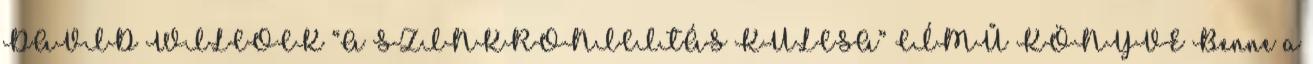
DAVID WILCOCK “A SZINKRONICITÁS KULCSA” CÍMŰ KÖNYVE Benne a